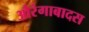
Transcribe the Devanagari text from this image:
औरंगाबादस